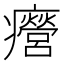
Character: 㿘